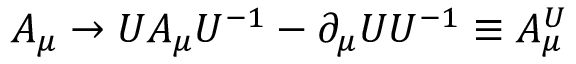
A _ { \mu } \rightarrow U A _ { \mu } U ^ { - 1 } - \partial _ { \mu } U U ^ { - 1 } \equiv A _ { \mu } ^ { U }